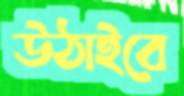
উঠাইবে